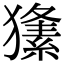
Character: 𤢘